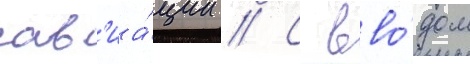
ав'иа́ции // С вво́дом